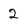
Character: 2